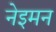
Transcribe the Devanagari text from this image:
नेइमन